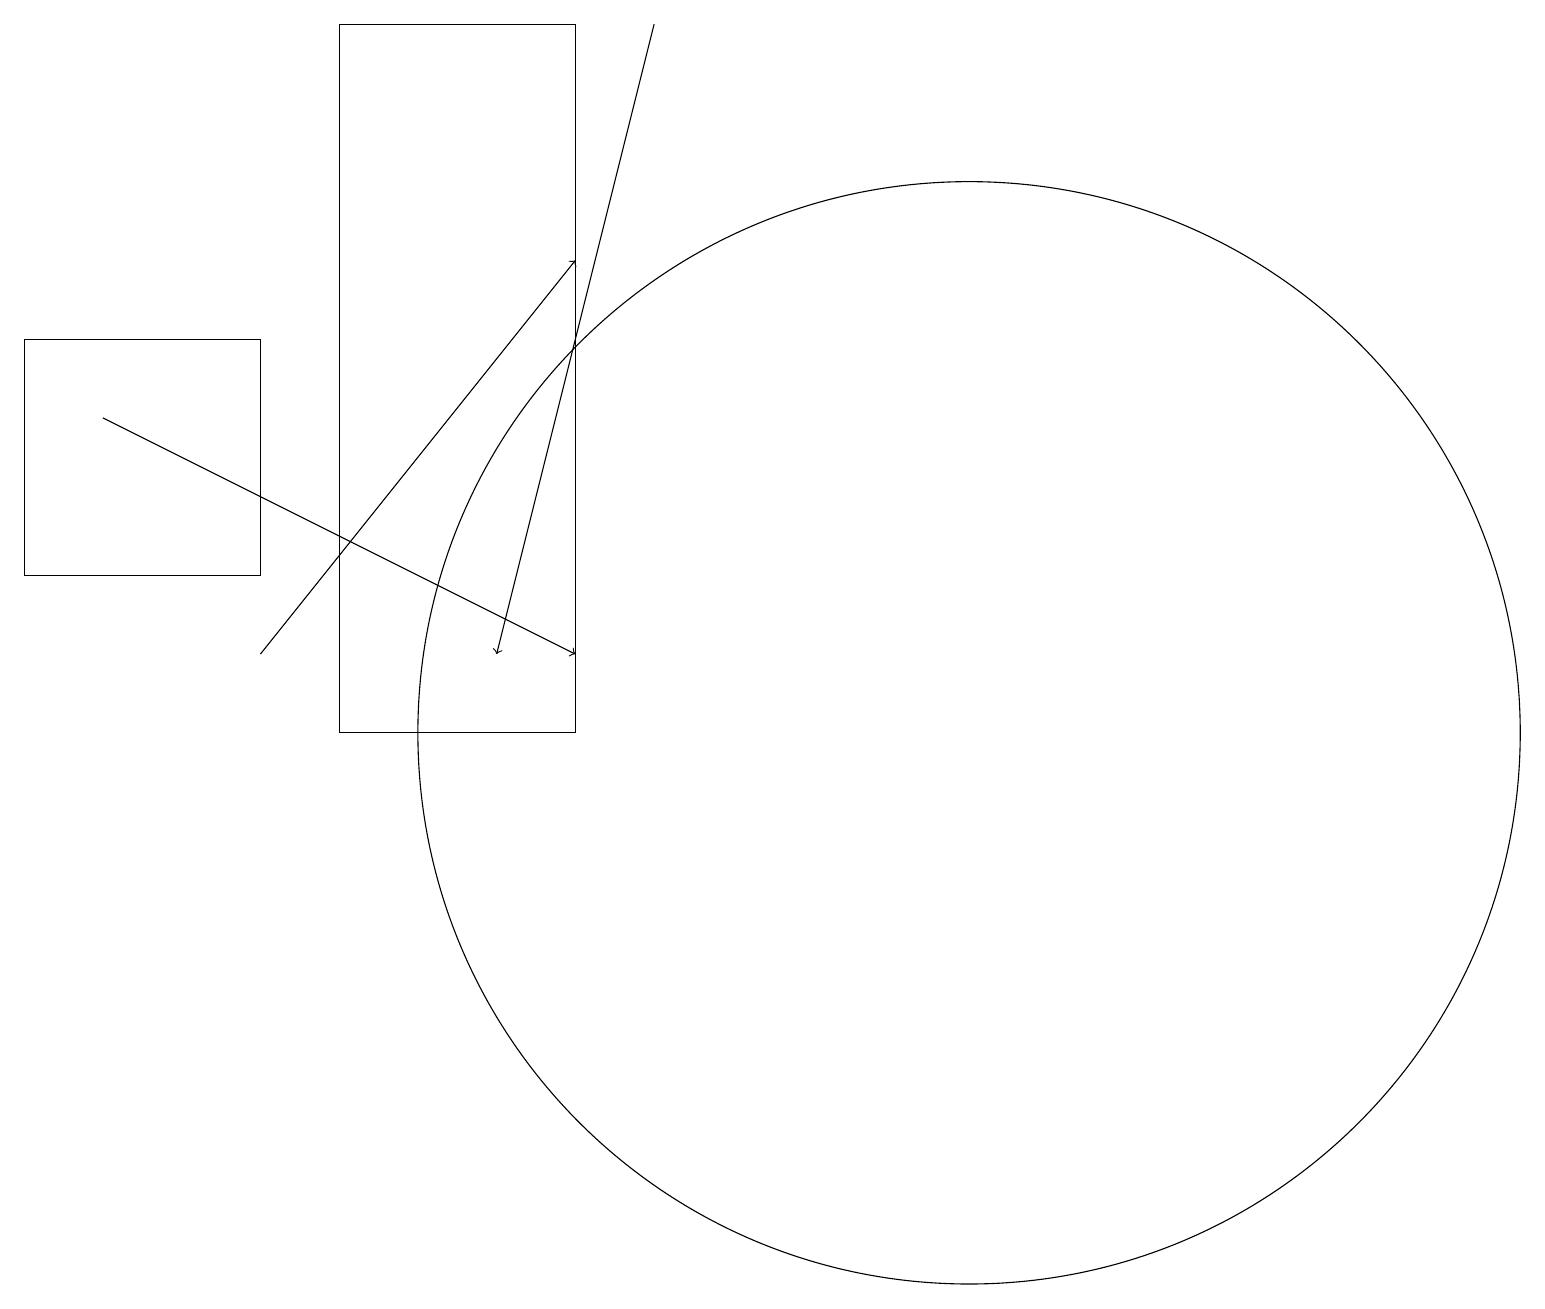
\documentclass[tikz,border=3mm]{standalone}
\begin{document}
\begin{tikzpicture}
\draw (3,15) rectangle (0,12);
\draw (7,10) rectangle (4,19);
\draw (12,10) circle (7);
\draw[->] (3,11) -- (7,16);
\draw[->] (8,19) -- (6,11);
\draw[->] (1,14) -- (7,11);
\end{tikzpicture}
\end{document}